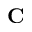
\mathbf { C }